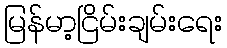
မြန်မာ့ငြိမ်းချမ်းရေး